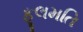
ફૂલમતિ